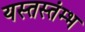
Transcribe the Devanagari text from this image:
यस्तस्तंम्भ